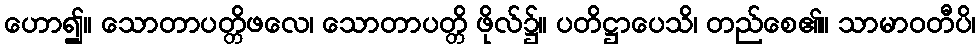
ဟော၍။ သောတာပတ္တိဖလေ၊ သောတာပတ္တိ ဖိုလ်၌။ ပတိဋ္ဌာပေသိ၊ တည်စေ၏။ သာမာဝတီပိ၊